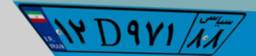
۱۲D۹۷۱۸۸